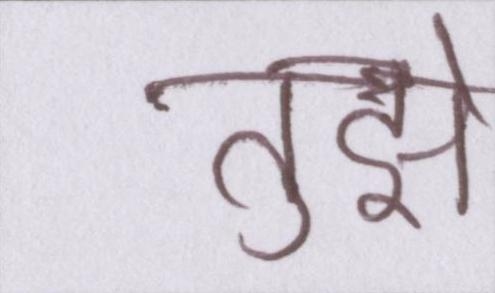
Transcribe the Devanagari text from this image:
तुझे